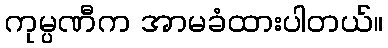
ကုမ္ပဏီက အာမခံထားပါတယ်။